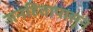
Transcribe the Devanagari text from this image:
जनहितापासून